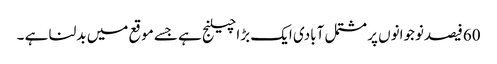
60فیصدنوجوانوں پر مشتمل آبادی ایک بڑا چیلنج ہے جسے موقع میں بدلنا ہے ۔